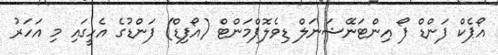
އޯޕެކް ފަންޑް ފޯ އިންޓަނޭޝަނަލް ޑިވެލޮޕްމަންޓް (އޯފިޑް) ފަންޑުގެ އެހީގައި މި އަހަރު